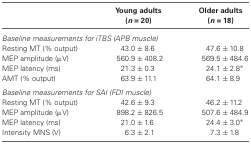
|  | Young adults (n = 20) | Older adults (n = 18) |
 | --- | --- | --- |
 | <COLSPAN=3> Baseline measurements for iTBS (APB muscle) |
 | Resting MT (% output) | 43.0 ± 8.6 | 47.6 ± 10.8 |
 | MEP amplitude (μV) | 560.9 ± 408.2 | 569.5 ± 484.6 |
 | MEP latency (ms) | 21.3 ± 0.3 | 24.1 ± 2.8* |
 | AMT (% output) | 63.9 ± 11.1 | 64.1 ± 8.9 |
 | <COLSPAN=3> Baseline measurements for SAI (FDI muscle) |
 | Resting MT (% output) | 42.6 ± 9.3 | 46.2 ± 11.2 |
 | MEP amplitude (μV) | 898.2 ± 826.5 | 507.6 ± 484.9 |
 | MEP latency (ms) | 21.0 ± 1.6 | 24.4 ± 3.0* |
 | Intensity MNS (V) | 6.3 ± 2.1 | 7.3 ± 1.8 |